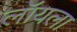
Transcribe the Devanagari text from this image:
लॉयला